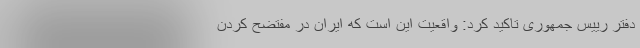
دفتر رییس جمهوری تاکید کرد: واقعیت این است که ایران در مفتضح کردن